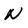
Character: N